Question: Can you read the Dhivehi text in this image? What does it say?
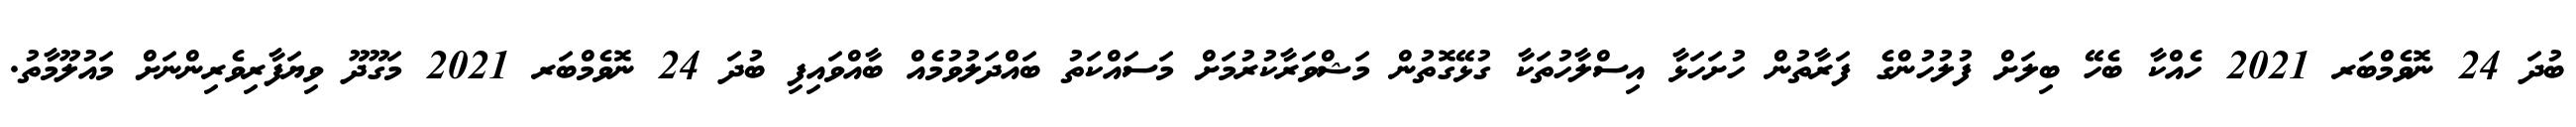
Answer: ބުދަ 24 ނޮވެމްބަރ 2021 ހެއްކާ ބެހޭ ބިލަށް ފުލުހުންގެ ފަރާތުން ހުށަހަޅާ އިސްލާހުތަކާ ގުޅޭގޮތުން މަޝްވަރާކުރުމަށް މަސައްކަތު ބައްދަލުވުމެއް ބާއްވައިފި ބުދަ 24 ނޮވެމްބަރ 2021 މަގޫދޫ ވިޔަފާރިވެރިންނަށް މައުލޫމާތު.